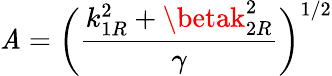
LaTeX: \mathit{A}=\bigg(\frac{{k_{1R}^{2}+\betak_{2R}^{2}}}{{\gamma}}\bigg)^{1/2}